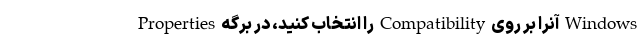
Properties را انتخاب کنید، در برگه Compatibility آنرا بر روی Windows